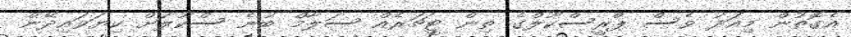
އެގޮތުން މިއަދު ވެސް ޕްރީސްކޫލްގެ ތިން ޓީޗަރެއް ސަލާމް ބުނެ ސްކޫލަށް ކިޔަވައިދޭން